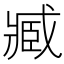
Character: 臧